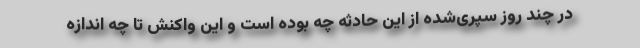
در چند روز سپری‌شده از این حادثه چه بوده‌ است و این واکنش تا چه اندازه